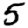
Digit: 5